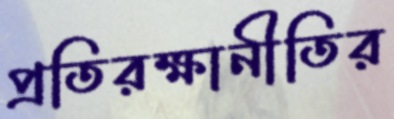
প্রতিরক্ষানীতির